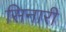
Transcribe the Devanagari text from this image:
सिनारी